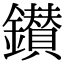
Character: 鑚